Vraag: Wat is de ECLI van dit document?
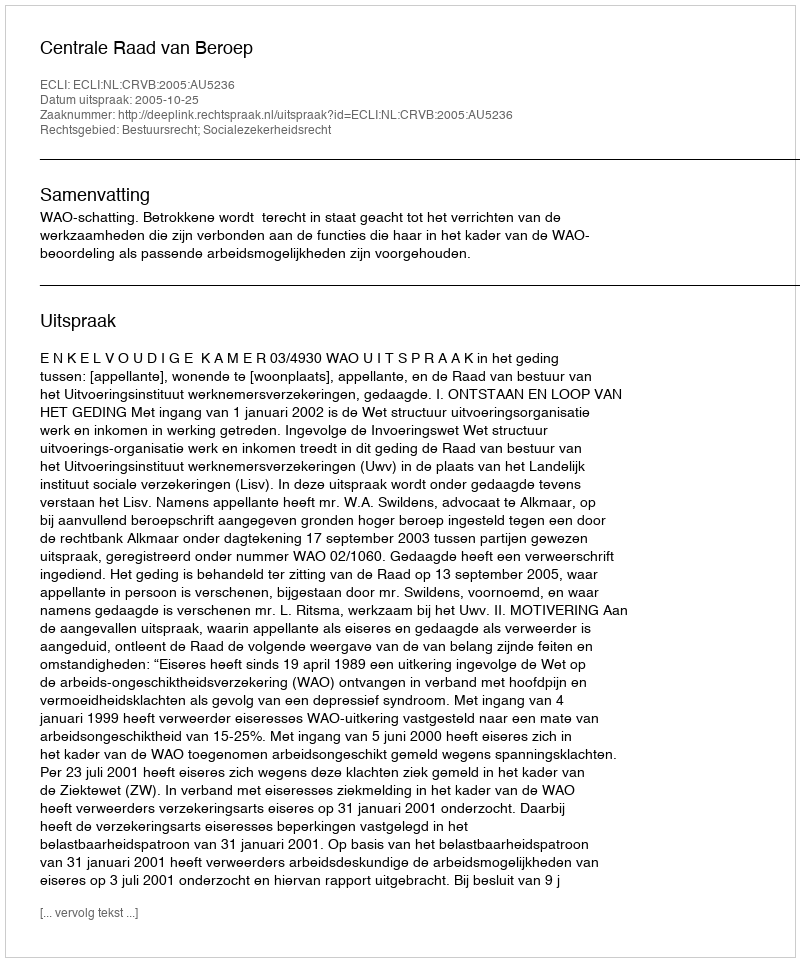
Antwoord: ECLI:NL:CRVB:2005:AU5236